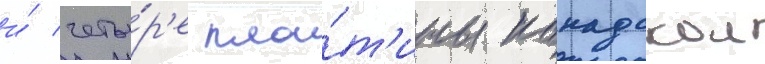
и́ четы́р'е пла́т'ины канадскои